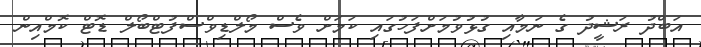
އަބްދު ރަޝީދު ގެ ނަމާއި ގުޅުވުމަށްފަހުގައި ކަމަށް ވެސް މޯލްޑިވްސްފުޓްބޯލް ޑޮޓް ކޮމްއިން